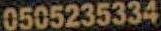
0505235334